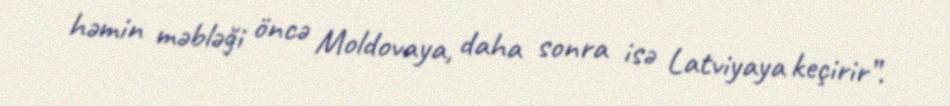
həmin məbləği öncə Moldovaya, daha sonra isə Latviyaya keçirir”.